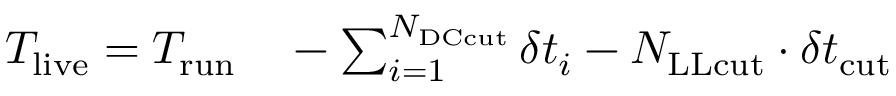
\begin{array} { r l } { T _ { \mathrm { l i v e } } = T _ { \mathrm { r u n } } } & { { } - \sum _ { i = 1 } ^ { N _ { \mathrm { D C c u t } } } \delta t _ { i } - N _ { \mathrm { L L c u t } } \cdot \delta t _ { \mathrm { c u t } } } \end{array}